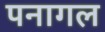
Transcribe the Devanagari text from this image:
पनागल